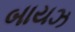
બાયઝ